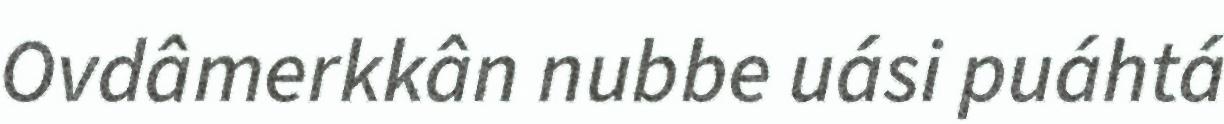
Ovdâmerkkân nubbe uási puáhtá